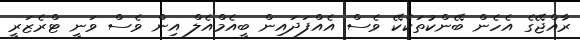
ރާއްޖޭގެ އެހެން ބޭންކުތަކެކޭ ވެސް އެއްފަދައިން ބީއެމްއެލް އިން ވެސް ވަނީ ޓްރެޒަރީ